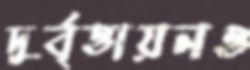
দুর্বৃত্তায়নও